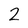
Character: 2